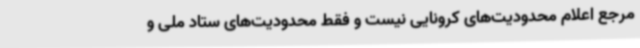
مرجع اعلام محدودیت‌های کرونایی نیست و فقط محدودیت‌های ستاد ملی و